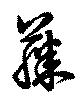
藤